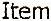
ITEM